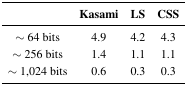
|  | Kasami | LS | CSS |
 | --- | --- | --- | --- |
 | ∼ 64 bits | 4.9 | 4.2 | 4.3 |
 | ∼ 256 bits | 1.4 | 1.1 | 1.1 |
 | ∼ 1,024 bits | 0.6 | 0.3 | 0.3 |